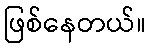
ဖြစ်နေတယ်။